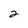
Character: 2